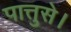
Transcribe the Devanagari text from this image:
पात्तुसे।